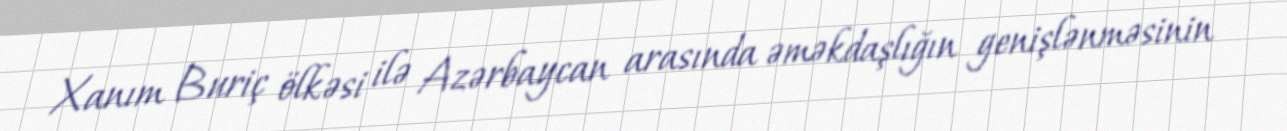
Xanım Buriç ölkəsi ilə Azərbaycan arasında əməkdaşlığın genişlənməsinin